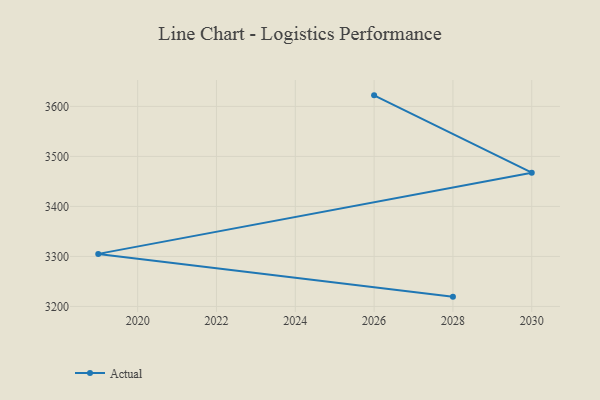
{"axis": {"x": "Year", "y": "Waste Production (Tons)"}, "legend": ["Actual"], "data": [{"x": "2028", "y": 3219.6, "type": "Actual"}, {"x": "2019", "y": 3305.1, "type": "Actual"}, {"x": "2030", "y": 3467.5, "type": "Actual"}, {"x": "2026", "y": 3622.1, "type": "Actual"}]}